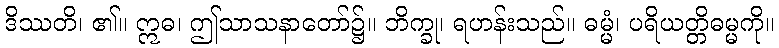
ဒိဿတိ၊ ၏။ ဣဓ၊ ဤသာသနာတော်၌။ ဘိက္ခု၊ ရဟန်းသည်။ ဓမ္မံ၊ ပရိယတ္တိဓမ္မကို။